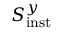
S _ { \mathrm { i n s t } } ^ { y }